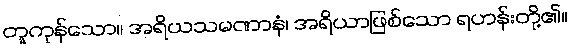
တူကုန်သော။ အရိယသမဏာနံ၊ အရိယာဖြစ်သော ရဟန်းတို့၏။